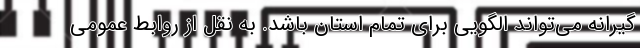
گیرانه می‌تواند الگویی برای تمام استان باشد. به نقل از روابط عمومی